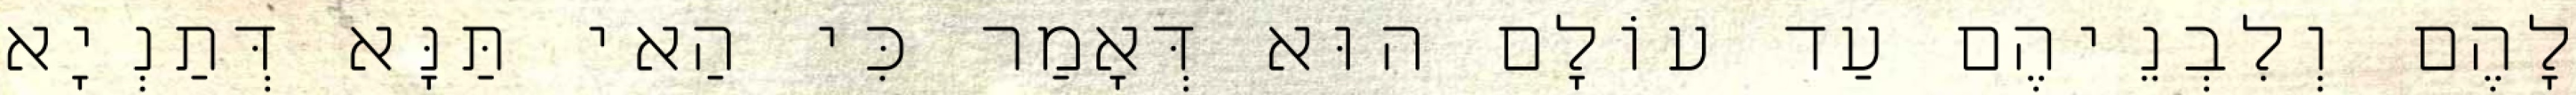
לָהֶם וְלִבְנֵיהֶם עַד עוֹלָם הוּא דְּאָמַר כִּי הַאי תַּנָּא דְּתַנְיָא